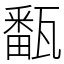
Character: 㽃